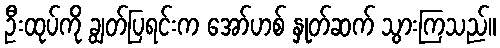
ဦးထုပ်ကို ချွတ်ပြရင်းက အော်ဟစ် နှုတ်ဆက် သွားကြသည်။